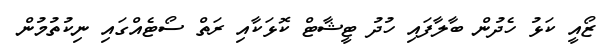
ޒޯއީ ކަޅު ހެދުން ބާލާފައި ހުދު ޓީޝާޓް ކޮޅަކާއި ރަތް ސޯޓެއްގައި ނިކުތުމުން